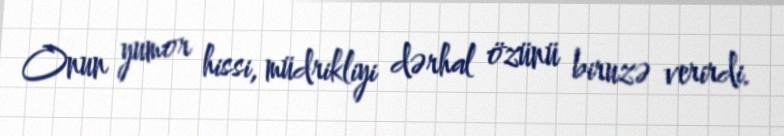
Onun yumor hissi, müdrikliyi dərhal özünü biruzə verirdi.